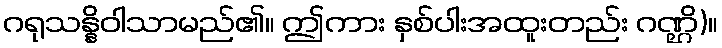
ဂရုသန္နိဝါသာမည်၏။ ဤကား နှစ်ပါးအထူးတည်း ဂဏ္ဌိ)။